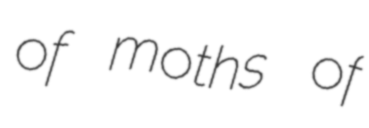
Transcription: of moths of